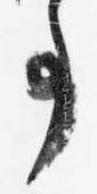
事